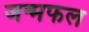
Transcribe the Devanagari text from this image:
जन्मफल